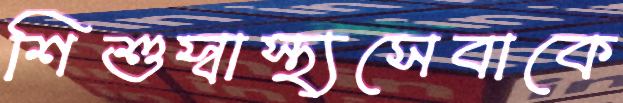
শিশুস্বাস্থ্যসেবাকে